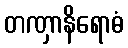
တဏှာနိရောဓံ